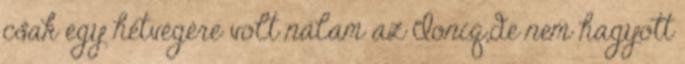
csak egy hétvégére volt nálam az Ioniq,de nem hagyott